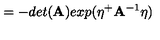
= - d e t ( \mathrm { \bf A } ) e x p ( \eta ^ { + } \mathrm { \bf A } ^ { - 1 } \eta )